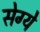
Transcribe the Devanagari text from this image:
सेग्ये